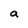
Character: a